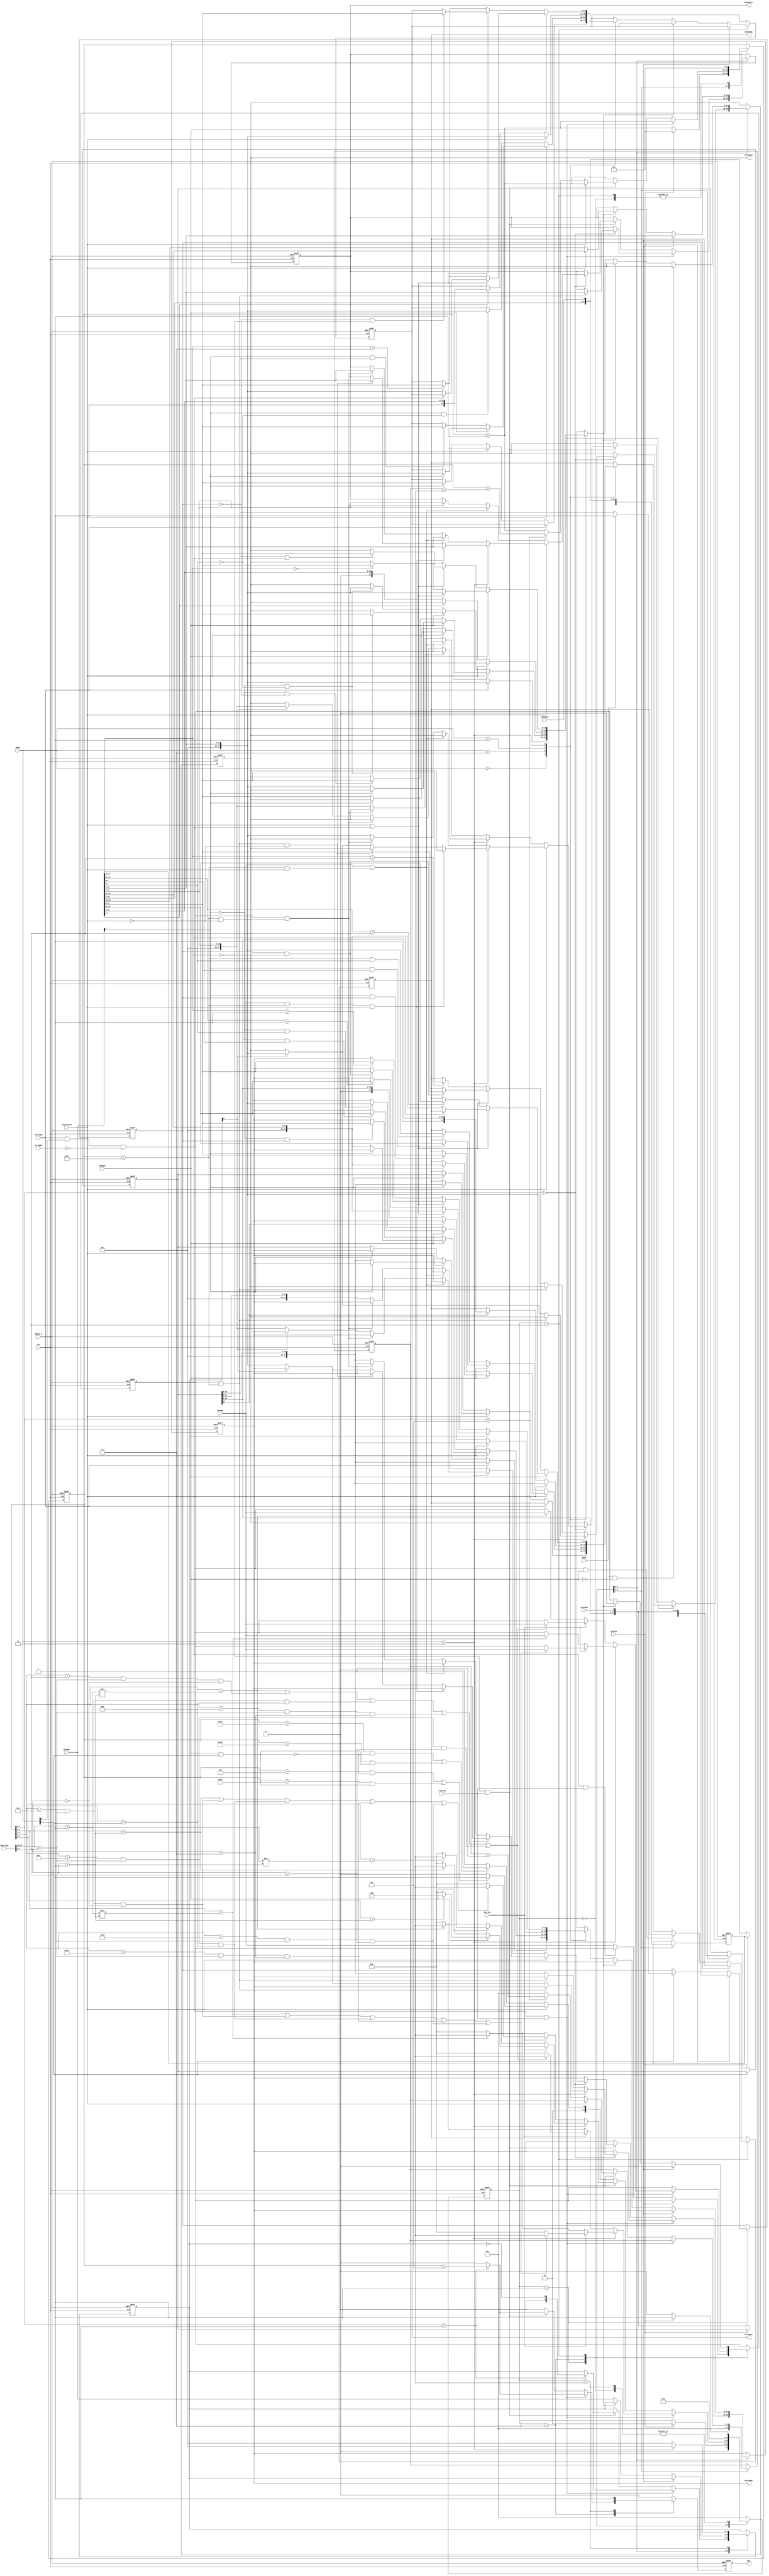
// ===========================================================================
//                    Copyright 2010
//          Texas Instruments Deutschland GmbH
//                 All rights reserved
//
// Modelname:         SPIREC
// Title:             Controls the 20-bit serial output communication
// Purpose:           Synthesis
// Comment:            Gate-equivalents
// Assumptions:       x
// Limitations:       x
// Specification ref: ADS8363
// ---------------------------------------------------------------------------
// Modification History:
// ---------------------------------------------------------------------------
// Version | Author |  Date  | Changes
// --------|--------|--------|------------------------------------------------
//  0.9    |  Bad   |11.07.08| Copied from ADS7863BENCH project
// --------|--------|--------|------------------------------------------------
//  1.0    |  Bad   |15.08.08| Add special read mode control
// --------|--------|--------|------------------------------------------------
//  1.1    |  Bad   |18.08.08| Full clock mode compliant
// --------|--------|--------|------------------------------------------------
//  1.2    |  Bad   |02.09.08| CID_ACTIVE added
// --------|--------|--------|------------------------------------------------
//  1.3    |  Bad   |18.17.08| Reduced SPIDINB_Q to 18bit
// --------|--------|--------|------------------------------------------------
//  1.4    |  Bad   |28.04.09| Add manual channel selection and CID support
//         |        |        | Now data is stored in correct output register
// --------|--------|--------|------------------------------------------------
//  1.5    |  Bad   |04.05.09| Add sequential mode
// --------|--------|--------|------------------------------------------------
//  1.6    |  Bad   |04.06.09| Add pseudo differential mode
// --------|--------|--------|------------------------------------------------
//  1.7    |  Bad   |10.06.09| Remove channels 2 and 3
// --------|--------|--------|------------------------------------------------
//  1.8    |  Bad   |12.06.09| Add FIFO mode
// --------|--------|--------|------------------------------------------------
//  1.9    |  Bad   |15.06.09| Add FIFO mode with one data output
// --------|--------|--------|------------------------------------------------
//  1.10   |  Bad   |20.07.09| Add FIFO mode without sequencer
// --------|--------|--------|------------------------------------------------
//  1.11   |  Bad   |29.07.09| Put SPISTE on BUFG for the FFs
// --------|--------|--------|------------------------------------------------
//  2.0    |  Bad   |07.09.09| MODE is not latched anymore
// --------|--------|--------|------------------------------------------------
//  2.1    |  Bad   |09.09.09| Add FIFO_EN
// --------|--------|--------|------------------------------------------------
//  2.2    |  Bad   |10.09.09| Remove single RD function during sequence mode
// --------|--------|--------|------------------------------------------------
//  2.3    |  Bad   |11.09.09| FIRST_Q is toggling when no conversions 
// --------|--------|--------|------------------------------------------------
//  2.4    |  Bad   |15.02.10| READDATA is set correct in special read mode
// --------|--------|--------|------------------------------------------------
//  2.5    |  Bad   |19.02.10| READDATA is set correct in FIFO mode
// --------|--------|--------|------------------------------------------------
//  2.6    |  Bad   |31.03.10| READDATA is sampled in the beginning of a RD
// --------|--------|--------|------------------------------------------------
//  3.0    |  Bad   |09.04.10| READDATA is set correct in all modes
// --------|--------|--------|------------------------------------------------
// ===========================================================================

`timescale 1 ns / 1 ns

module SPIREC (
  input  wire          CLK,
  input  wire          RESET_N,
  input  wire          SPISTE,
  input  wire          SPIDINA,
  input  wire          SPIDINB,
  input  wire          BUSY,
  output wire   [17:0] DATAINA0,
  output wire   [17:0] DATAINA1,
  output wire   [17:0] DATAINB0,
  output wire   [17:0] DATAINB1,
  output wire          DAV,
  input  wire          SECOND,
  output wire   [15:0] READDATA,
  input  wire    [1:0] MODE,
  input  wire    [1:0] CHANNEL,
  input  wire   [15:0] SEQ_FIFO,
  input  wire          PDE_MODE,
  input  wire          FC_MODE,
  input  wire          SMODE4,
  input  wire          CID_ACTIVE,
  input  wire          FIFO_EN,
  input  wire          DEV_SEL);

// ---------------------------------

reg     [9:0] COUNT_Q;
reg     [9:0] COUNT_D;
reg     [2:0] COUNT2_Q;
reg     [2:0] COUNT2_D;

reg    [37:0] SPIDINA_Q;
reg    [37:0] SPIDINA_D;
reg    [17:0] SPIDINB_Q;
reg    [17:0] SPIDINB_D;
reg    [17:0] DATAINA0_Q;
reg    [17:0] DATAINA0_D;
reg    [17:0] DATAINA1_Q;
reg    [17:0] DATAINA1_D;
reg    [17:0] DATAINB0_Q;
reg    [17:0] DATAINB0_D;
reg    [17:0] DATAINB1_Q;
reg    [17:0] DATAINB1_D;
reg    [15:0] READDATA_Q;
reg    [15:0] READDATA_D;

reg           DAV_Q;
reg           DAV_D;
reg     [2:0] STATE_Q;
reg     [2:0] STATE_D;
reg     [1:0] CHANNEL_Q;
reg     [1:0] CHANNEL_D;
reg           SECOND_Q;
reg           SECOND_D;
reg           FIRST_Q;
reg           FIRST_D;

wire          SEQ_MODE;

// ---------------------------------

assign DATAINA0 = DATAINA0_Q;
assign DATAINB0 = DATAINB0_Q;
assign DATAINA1 = DATAINA1_Q;
assign DATAINB1 = DATAINB1_Q;
assign DAV      = DAV_Q;
assign READDATA = READDATA_Q;

assign SEQ_MODE = PDE_MODE & MODE[0] & !FC_MODE;

// ---------------------------------

parameter IDLE             = 3'b000;
parameter WAIT_FOR_START   = 3'b001;
parameter RECIEVE_DATA     = 3'b010;
parameter LATCH_DATA       = 3'b011;
parameter ISSUE_DAV        = 3'b100;

// ---------------------------------

   
always @(*)
  begin
    SPIDINA_D <= SPIDINA_Q;
    SPIDINB_D <= SPIDINB_Q;
    COUNT_D   <= COUNT_Q;
    COUNT2_D  <= COUNT2_Q;
    CHANNEL_D <= CHANNEL_Q;
    DATAINA0_D <= DATAINA0_Q;
    DATAINB0_D <= DATAINB0_Q;
    DATAINA1_D <= DATAINA1_Q;
    DATAINB1_D <= DATAINB1_Q;
    SECOND_D <= SECOND_Q;
    READDATA_D <= READDATA_Q;
    DAV_D <= 1'b0;
    FIRST_D <= FIRST_Q;
    case (STATE_Q)
      IDLE:
        begin
          COUNT_D <= 9'h00;
          if (SPISTE)
            STATE_D <= WAIT_FOR_START;
          else
            STATE_D <= IDLE;
        end
      WAIT_FOR_START:
        begin
          COUNT_D <= 9'h00;
          COUNT2_D <= 2'h0;
          if (SPISTE)
            STATE_D <= WAIT_FOR_START;
          else
            begin
	      COUNT_D <= COUNT_Q + 1'b1;
              SECOND_D <= (SEQ_MODE & FIFO_EN) ? SECOND_Q : SECOND;
              SPIDINA_D <= {SPIDINA_Q[36:0], SPIDINA};
              SPIDINB_D <= {SPIDINB_Q[16:0], SPIDINB};
              STATE_D <= RECIEVE_DATA;
              if (MODE[1])
                FIRST_D <= (BUSY) ? 1'b1 : !FIRST_Q;
              else
                FIRST_D <= FIRST_Q;  
            end  
        end
      RECIEVE_DATA:
        begin
          /////////////////// Sequencer active, with FIFO
	  if (SEQ_MODE && FIFO_EN)
            begin
              SPIDINA_D <= {SPIDINA_Q[36:0], SPIDINA};
              SPIDINB_D <= {SPIDINB_Q[16:0], SPIDINB};
              COUNT_D <= COUNT_Q + 1'b1;
              if (COUNT_Q[3:0] == 4'h1)
                begin
                  DAV_D <= (COUNT_Q > 9'h5);
                  CHANNEL_D <= !CHANNEL_Q;
                end  
              if (COUNT_Q[3:0] == 4'h0)
                begin
                  if (MODE == 2'h3)
                    begin
                      if (SECOND_Q && (COUNT_Q < 9'h015))
                        READDATA_D <= SPIDINA_Q[15:0];
                      else
                        begin
                          DATAINA0_D <= (CHANNEL_Q[0]) ? SPIDINA_Q[15:0] : DATAINA0_Q;
                          DATAINB0_D <= (CHANNEL_Q[0]) ? DATAINB0_Q : SPIDINA_Q[15:0];
                        end  
                    end
                  else
                    begin
                      if (SECOND_Q && (COUNT_Q < 9'h015))
                        READDATA_D <= SPIDINA_Q[15:0];
                      else
                        begin
                          DATAINA0_D <= SPIDINA_Q[15:0];
                          DATAINB0_D <= SPIDINB_Q[15:0];
                        end  
                    end    
                end
              if (MODE == 2'h3)
                begin
                  if (DEV_SEL)
                    begin
                      if ( (COUNT_Q[9:5] == ((SEQ_FIFO[13:12] + 1'b1)*(SEQ_FIFO[1:0] + 1'b1))) ||
                          ((COUNT_Q[9:4] == 6'h06) && (SEQ_FIFO[13:12] == 2'h3) && (SEQ_FIFO[1:0] == 2'h0)) ||
                          ((COUNT_Q[9:4] == 6'h0C) && (SEQ_FIFO[13:12] == 2'h3) && (SEQ_FIFO[1:0] == 2'h1)) ||
                          ((COUNT_Q[9:4] == 6'h12) && (SEQ_FIFO[13:12] == 2'h3) && (SEQ_FIFO[1:0] == 2'h2)) ||
                          ((COUNT_Q[9:4] == 6'h18) && (SEQ_FIFO[13:12] == 2'h3) && (SEQ_FIFO[1:0] == 2'h3))) 
                        begin
                          STATE_D <= ISSUE_DAV;
                          SECOND_D <= SECOND;
                        end  
                      else
                        STATE_D <= RECIEVE_DATA;  
                    end    
                  else
                    begin
                      if (COUNT_Q[9:5] == ((SEQ_FIFO[13:12] + 1'b1)*(SEQ_FIFO[1:0] + 1'b1)))
                        begin
                          STATE_D <= ISSUE_DAV;
                          SECOND_D <= SECOND;
                        end  
                      else
                        STATE_D <= RECIEVE_DATA;  
                    end    
                end
              else
                begin      
                  if (DEV_SEL)
                    begin
                      if ( (COUNT_Q[9:4] == ((SEQ_FIFO[13:12] + 1'b1)*(SEQ_FIFO[1:0] + 1'b1))) ||
                          ((COUNT_Q[9:4] == 6'h3) && (SEQ_FIFO[13:12] == 2'h3) && (SEQ_FIFO[1:0] == 2'h0)) ||
                          ((COUNT_Q[9:4] == 6'h6) && (SEQ_FIFO[13:12] == 2'h3) && (SEQ_FIFO[1:0] == 2'h1)) ||
                          ((COUNT_Q[9:4] == 6'h9) && (SEQ_FIFO[13:12] == 2'h3) && (SEQ_FIFO[1:0] == 2'h2)) ||
                          ((COUNT_Q[9:4] == 6'hC) && (SEQ_FIFO[13:12] == 2'h3) && (SEQ_FIFO[1:0] == 2'h3))) 
                        begin
                          STATE_D <= ISSUE_DAV;
                          SECOND_D <= SECOND;
                        end  
                      else
                        STATE_D <= RECIEVE_DATA;  
                    end    
                  else
                    begin
                      if (COUNT_Q[9:4] == ((SEQ_FIFO[13:12] + 1'b1)*(SEQ_FIFO[1:0] + 1'b1)))
                        begin
                          STATE_D <= ISSUE_DAV;
                          SECOND_D <= SECOND;
                        end  
                      else
                        STATE_D <= RECIEVE_DATA;  
                    end  
                end      
            end
          /////////////////// FIFO active without sequencer
          else if (!SEQ_MODE && FIFO_EN)   
            begin
              SPIDINA_D <= {SPIDINA_Q[36:0], SPIDINA};
              SPIDINB_D <= {SPIDINB_Q[16:0], SPIDINB};
              if (CID_ACTIVE)
                COUNT_D <= COUNT_Q + 1'b1;
              else
                begin
                  if (COUNT_Q[3:0] == 4'h5)
                    begin
                      COUNT2_D <= COUNT2_Q + 1'b1;
                      COUNT_D <= COUNT_Q + (COUNT2_Q == 3'h4);
                    end
                  else
                    begin
                      COUNT_D <= COUNT_Q + 1'b1;
                      COUNT2_D <= 3'h0;
                    end  
                end  
              if (COUNT_Q[3:0] == 4'h1)
                begin
                  DAV_D <= (COUNT_Q > 9'h5);
                  CHANNEL_D <= !CHANNEL_Q;
                end  
              if (COUNT_Q[3:0] == 4'h0)
                begin
                  if (CID_ACTIVE)
                    begin
                      if (MODE == 2'h3)
                        begin
                          if      (SECOND && (COUNT_Q < 9'h015) &&  CID_ACTIVE)
                            READDATA_D <= SPIDINA_Q[15:0];
                          else if (SECOND_Q && (COUNT_Q < 9'h015) && !CID_ACTIVE)
                            READDATA_D <= SPIDINA_Q[15:0];
                          else
                            begin
                              DATAINA0_D <= (CHANNEL_Q[0]) ? SPIDINA_Q[15:0] : DATAINA0_Q;
                              DATAINB0_D <= (CHANNEL_Q[0]) ? DATAINB0_Q : SPIDINA_Q[15:0];
                            end  
                        end
                      else
                        begin
                          if      (SECOND && (COUNT_Q < 9'h015) &  CID_ACTIVE)
                            READDATA_D <= SPIDINA_Q[15:0];
                          else if (SECOND_Q && (COUNT_Q < 9'h015) & !CID_ACTIVE)
                            READDATA_D <= SPIDINA_Q[15:0];
                          else
                            begin
                              DATAINA0_D <= SPIDINA_Q[15:0];
                              DATAINB0_D <= SPIDINB_Q[15:0];
                            end  
                        end    
                    end
                  else
                    begin  
                      if (MODE == 2'h3)
                        begin
                          if      (SECOND && (COUNT_Q < 9'h015) &  CID_ACTIVE)
                            READDATA_D <= SPIDINA_Q[17:2];
                          else if (SECOND_Q && (COUNT_Q < 9'h015) & !CID_ACTIVE)
                            READDATA_D <= SPIDINA_Q[17:2];
                          else
                            begin
                              DATAINA0_D <= (CHANNEL_Q[0]) ? SPIDINA_Q[17:2] : DATAINA0_Q;
                              DATAINB0_D <= (CHANNEL_Q[0]) ? DATAINB0_Q : SPIDINA_Q[17:2];
                            end  
                        end
                      else
                        begin
                          if      (SECOND && (COUNT_Q < 9'h015) &  CID_ACTIVE)
                            READDATA_D <= SPIDINA_Q[17:2];
                          else if (SECOND_Q && (COUNT_Q < 9'h015) & !CID_ACTIVE)
                            READDATA_D <= SPIDINA_Q[17:2];
                          else
                            begin
                              DATAINA0_D <= SPIDINA_Q[17:2];
                              DATAINB0_D <= SPIDINB_Q[17:2];
                            end  
                        end    
                    end    
                end
              if (MODE == 2'h3)
                begin
                  if (DEV_SEL)
                    begin
                      if (SMODE4)
                        begin
                          if (COUNT_Q[9:6] == (SEQ_FIFO[1:0] + 1'b1))
                            STATE_D <= ISSUE_DAV;
                          else
                            STATE_D <= RECIEVE_DATA;  
                        end
                      else
                        begin
                          if (COUNT_Q[9:5] == (SEQ_FIFO[1:0] + 1'b1))
                            STATE_D <= ISSUE_DAV;
                          else
                            STATE_D <= RECIEVE_DATA;  
                        end  
                    end    
                  else
                    begin
                      if (SMODE4)
                        begin
                          if (COUNT_Q[9:6] == ((SEQ_FIFO[13:12] + 1'b1)*(SEQ_FIFO[1:0] + 1'b1)))
                            STATE_D <= ISSUE_DAV;
                          else
                            STATE_D <= RECIEVE_DATA;  
                        end
                      else
                        begin
                          if (COUNT_Q[9:4] == ((SEQ_FIFO[13:12] + 1'b1)*(SEQ_FIFO[1:0] + 1'b1)))
                            STATE_D <= ISSUE_DAV;
                          else
                            STATE_D <= RECIEVE_DATA;  
                        end  
                    end    
                end
              else
                begin      
                  if (DEV_SEL)
                    begin
                      if ( (COUNT_Q[9:5] == (SEQ_FIFO[1:0] + 1'b1)) ||
                          ((COUNT_Q[9:4] == 6'h06) && (SEQ_FIFO[13:12] == 2'h3) && (SEQ_FIFO[1:0] == 2'h0)) ||
                          ((COUNT_Q[9:4] == 6'h0C) && (SEQ_FIFO[13:12] == 2'h3) && (SEQ_FIFO[1:0] == 2'h1)) ||
                          ((COUNT_Q[9:4] == 6'h12) && (SEQ_FIFO[13:12] == 2'h3) && (SEQ_FIFO[1:0] == 2'h2)) ||
                          ((COUNT_Q[9:4] == 6'h18) && (SEQ_FIFO[13:12] == 2'h3) && (SEQ_FIFO[1:0] == 2'h3))) 
                        STATE_D <= ISSUE_DAV;
                      else
                        STATE_D <= RECIEVE_DATA;  
                    end    
                  else
                    begin
                      if (COUNT_Q[9:5] == ((SEQ_FIFO[13:12] + 1'b1)*(SEQ_FIFO[1:0] + 1'b1)))
                        STATE_D <= ISSUE_DAV;
                      else
                        STATE_D <= RECIEVE_DATA;  
                    end  
                end      
            end
          /////////////////// Neither FIFO nor sequencer
          else
            begin  
              SPIDINA_D <= {SPIDINA_Q[36:0], SPIDINA};
              SPIDINB_D <= {SPIDINB_Q[16:0], SPIDINB};
              COUNT_D <= COUNT_Q + 1'b1;
              if (CID_ACTIVE)
                begin
                  if (((COUNT_Q == 10'h00F) && !(SMODE4 && MODE[1])) ||
                      ((COUNT_Q == 10'h01F) &&  (SMODE4 && MODE[1])))
        	        STATE_D <= LATCH_DATA;
        	      else
        	        STATE_D <= RECIEVE_DATA;
                end      
              else
                begin
                  if (((COUNT_Q == 10'h011) && !(SMODE4 && MODE[1])) ||
                      ((COUNT_Q == 10'h025) &&  (SMODE4 && MODE[1])))
        	        STATE_D <= LATCH_DATA;
        	      else
        	        STATE_D <= RECIEVE_DATA;
                end
            end    
        end
      LATCH_DATA:
        begin
          if (SECOND_Q && !SMODE4)
            begin
              READDATA_D <= (CID_ACTIVE) ? SPIDINA_Q[15:0] : SPIDINA_Q[15:0];
              SECOND_D <= 1'b0; 
            end  
          else if (SECOND_Q && SMODE4)
            begin
              READDATA_D <= (CID_ACTIVE) ? SPIDINA_Q[31:16] : SPIDINA_Q[35:20];
              SECOND_D <= 1'b0; 
            end  
          else
            begin
              CHANNEL_D <= CHANNEL;
              case (MODE)
                2'h0: begin                 // Mode I
                        if (PDE_MODE)
                          begin
                            DATAINA0_D <= {2'b0, SPIDINA_Q[15:0]};
                            DATAINB0_D <= {2'b0, SPIDINB_Q[15:0]};
                          end  
                        else if (CID_ACTIVE)
                          begin
                            DATAINA0_D <= (!CHANNEL[1]) ? {2'b0, SPIDINA_Q[15:0]} : DATAINA0_Q;
                            DATAINB0_D <= (!CHANNEL[1]) ? {2'b0, SPIDINB_Q[15:0]} : DATAINB0_Q;
                            DATAINA1_D <= ( CHANNEL[1]) ? {2'b0, SPIDINA_Q[15:0]} : DATAINA1_Q;
                            DATAINB1_D <= ( CHANNEL[1]) ? {2'b0, SPIDINB_Q[15:0]} : DATAINB1_Q;
                          end  
                        else
                          begin
                            DATAINA0_D <= (!CHANNEL[1]) ? SPIDINA_Q[17:0] : DATAINA0_Q;
                            DATAINB0_D <= (!CHANNEL[1]) ? SPIDINB_Q[17:0] : DATAINB0_Q;
                            DATAINA1_D <= ( CHANNEL[1]) ? SPIDINA_Q[17:0] : DATAINA1_Q;
                            DATAINB1_D <= ( CHANNEL[1]) ? SPIDINB_Q[17:0] : DATAINB1_Q;
                          end  
                      end
                2'h2: begin                 // Mode II
                        if (CID_ACTIVE)
                          begin
                            if (SMODE4)
                              begin
                                DATAINA0_D <= (!CHANNEL[1]) ? {2'h0, SPIDINA_Q[15:0]}  : DATAINA0_Q;
                                DATAINB0_D <= (!CHANNEL[1]) ? {2'h0, SPIDINA_Q[31:16]} : DATAINB0_Q;
                                DATAINA1_D <= ( CHANNEL[1]) ? {2'h0, SPIDINA_Q[15:0]}  : DATAINA1_Q;
                                DATAINB1_D <= ( CHANNEL[1]) ? {2'h0, SPIDINA_Q[31:16]} : DATAINB1_Q;
                              end
                            else
                              begin
                                DATAINA0_D <= (!CHANNEL[1] && !FIRST_Q) ? SPIDINA_Q[17:0] : DATAINA0_Q;
                                DATAINB0_D <= (!CHANNEL[1] &&  FIRST_Q) ? SPIDINA_Q[17:0] : DATAINB0_Q;
                                DATAINA1_D <= ( CHANNEL[1] && !FIRST_Q) ? SPIDINA_Q[17:0] : DATAINA1_Q;
                                DATAINB1_D <= ( CHANNEL[1] &&  FIRST_Q) ? SPIDINA_Q[17:0] : DATAINB1_Q;
                              end  
                          end
                        else
                          begin
                            if (SMODE4)
                              begin
                                DATAINA0_D <= (!CHANNEL[1] && !SPIDINA_Q[16]) ? SPIDINA_Q[17:0]  : DATAINA0_Q;
                                DATAINB0_D <= (!CHANNEL[1] &&  SPIDINA_Q[36]) ? SPIDINA_Q[37:20] : DATAINB0_Q;
                                DATAINA1_D <= ( CHANNEL[1] && !SPIDINA_Q[16]) ? SPIDINA_Q[15:0]  : DATAINA1_Q;
                                DATAINB1_D <= ( CHANNEL[1] &&  SPIDINA_Q[36]) ? SPIDINA_Q[37:20] : DATAINB1_Q;
                              end
                            else
                              begin
                                DATAINA0_D <= (!CHANNEL[1] && !SPIDINA_Q[16]) ? {2'h0, SPIDINA_Q[15:0]} : DATAINA0_Q;
                                DATAINB0_D <= (!CHANNEL[1] &&  SPIDINA_Q[16]) ? {2'h0, SPIDINA_Q[15:0]} : DATAINB0_Q;
                                DATAINA1_D <= ( CHANNEL[1] && !SPIDINA_Q[16]) ? {2'h0, SPIDINA_Q[15:0]} : DATAINA1_Q;
                                DATAINB1_D <= ( CHANNEL[1] &&  SPIDINA_Q[16]) ? {2'h0, SPIDINA_Q[15:0]} : DATAINB1_Q;
                              end  
                          end        
                      end
                2'h1: begin                 // Mode III
                        if (CID_ACTIVE)
                          begin
                            DATAINA0_D <= {2'h0, SPIDINA_Q[15:0]};
                            DATAINB0_D <= {2'h0, SPIDINB_Q[15:0]};
                            DATAINA1_D <= {2'h0, SPIDINA_Q[15:0]};
                            DATAINB1_D <= {2'h0, SPIDINB_Q[15:0]};
                          end  
                        else
                          begin
                            DATAINA0_D <= ( SPIDINA_Q[17]) ? DATAINA0_Q : SPIDINA_Q;
                            DATAINB0_D <= ( SPIDINB_Q[17]) ? DATAINB0_Q : SPIDINB_Q;
                            DATAINA1_D <= (!SPIDINA_Q[17]) ? DATAINA1_Q : SPIDINA_Q;
                            DATAINB1_D <= (!SPIDINB_Q[17]) ? DATAINB1_Q : SPIDINB_Q;
                          end  
                      end
                2'h3: begin                 // Mode IV
                        if (SMODE4)
                          begin
                            if (CID_ACTIVE || SEQ_MODE)
                              begin
                                DATAINA0_D <= SPIDINA_Q[15:0];
                                DATAINB0_D <= SPIDINA_Q[31:16];
                                DATAINA1_D <= (!SEQ_MODE) ? SPIDINA_Q[15:0]  : DATAINA1_Q;
                                DATAINB1_D <= (!SEQ_MODE) ? SPIDINA_Q[31:16] : DATAINB1_Q;
                              end
                            else
                              begin
                                DATAINA0_D <= (SPIDINA_Q[17:16] == 2'h0) ? SPIDINA_Q[17:0]  : DATAINA0_Q;
                                DATAINB0_D <= (SPIDINA_Q[37:36] == 2'h1) ? SPIDINA_Q[37:20] : DATAINB0_Q;
                                DATAINA1_D <= (SPIDINA_Q[17:16] == 2'h2) ? SPIDINA_Q[17:0]  : DATAINA1_Q;
                                DATAINB1_D <= (SPIDINA_Q[37:36] == 2'h3) ? SPIDINA_Q[37:20] : DATAINB1_Q;
                              end
                          end  
                        else    
                          begin
                            if (CID_ACTIVE || SEQ_MODE)
                              begin
                                DATAINA0_D <= (!FIRST_Q ||  SEQ_MODE) ? SPIDINA_Q[17:0] : DATAINA0_Q;
                                DATAINB0_D <= ( FIRST_Q && !SEQ_MODE) ? SPIDINA_Q[17:0] : DATAINB0_Q;
                                DATAINA1_D <= (!FIRST_Q && !SEQ_MODE) ? SPIDINA_Q[17:0] : DATAINA1_Q;
                                DATAINB1_D <= ( FIRST_Q && !SEQ_MODE) ? SPIDINA_Q[17:0] : DATAINB1_Q;
                              end
                            else
                              begin
                                DATAINA0_D <= (SPIDINA_Q[17:16] == 2'h0) ? SPIDINA_Q[17:0] : DATAINA0_Q;
                                DATAINB0_D <= (SPIDINA_Q[17:16] == 2'h1) ? SPIDINA_Q[17:0] : DATAINB0_Q;
                                DATAINA1_D <= (SPIDINA_Q[17:16] == 2'h2) ? SPIDINA_Q[17:0] : DATAINA1_Q;
                                DATAINB1_D <= (SPIDINA_Q[17:16] == 2'h3) ? SPIDINA_Q[17:0] : DATAINB1_Q;
                              end  
                          end    
                      end
              endcase
            end
          STATE_D <= ISSUE_DAV;
          COUNT_D <= 9'h00;
        end  
      ISSUE_DAV:
        begin
          DAV_D <= 1'b1;
          if (MODE == 2'h3)
            CHANNEL_D <= 2'h0;
          if (SPISTE)
            STATE_D <= WAIT_FOR_START;  
          else
            STATE_D <= IDLE;
        end  
      default:
        begin
          STATE_D <= IDLE;
        end   
    endcase    
  end

// ---------------------------------

always @(negedge CLK or negedge RESET_N)
  begin
    if (!RESET_N)
      begin
        COUNT_Q <= 10'h00;
        COUNT2_Q <= 3'h0;
        SPIDINA_Q <= 38'h0;
        SPIDINB_Q <= 38'h0;
        READDATA_Q <= 15'h0;
        SECOND_Q <= 1'b0;
        STATE_Q <= IDLE;
        FIRST_Q <= 1'b0;
      end  
    else
      begin
        COUNT_Q <= COUNT_D;
        COUNT2_Q <= COUNT2_D;
        SPIDINA_Q <= SPIDINA_D;
        SPIDINB_Q <= (MODE[1]) ? SPIDINB_Q : SPIDINB_D;
        STATE_Q <= STATE_D;
        SECOND_Q <= SECOND_D;
        READDATA_Q <= READDATA_D;
        FIRST_Q <= FIRST_D;
      end  
  end

always @(posedge CLK or negedge RESET_N)
  begin
    if (!RESET_N)
      begin
        DATAINA0_Q <= 18'h0;
        DATAINB0_Q <= 18'h0;
        DATAINA1_Q <= 18'h0;
        DATAINB1_Q <= 18'h0;
        DAV_Q <= 1'b0;
        CHANNEL_Q <= 2'b0;
      end  
    else
      begin
        DATAINA0_Q <= DATAINA0_D;
        DATAINB0_Q <= DATAINB0_D;
        DATAINA1_Q <= DATAINA1_D;
        DATAINB1_Q <= DATAINB1_D;
        DAV_Q <= DAV_D;
        CHANNEL_Q <= CHANNEL_D;
      end  
  end

endmodule